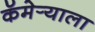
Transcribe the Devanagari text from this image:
कॅमेर्‍याला